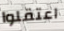
اعتقلوا